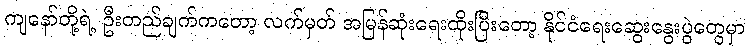
ကျနော်တို့ရဲ့ ဦးတည်ချက်ကတော့ လက်မှတ် အမြန်ဆုံးရေးထိုးပြီးတော့ နိုင်ငံရေးဆွေးနွေးပွဲတွေမှာ